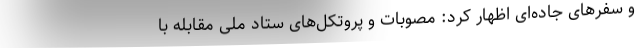
و سفرهای جاده‌ای اظهار کرد: مصوبات و پروتکل‌های ستاد ملی مقابله با